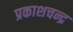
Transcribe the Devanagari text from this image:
प्रकाशचन्द्र